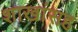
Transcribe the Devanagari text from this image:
शाखांसह